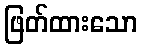
ဖြတ်ထားသော